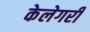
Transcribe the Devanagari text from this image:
केलेगरी